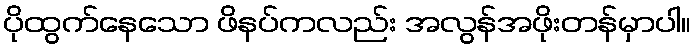
ပိုထွက်နေသော ဖိနပ်ကလည်း အလွန်အဖိုးတန်မှာပါ။